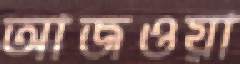
আজওয়া